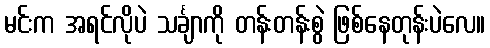
မင်းက အရင်လိုပဲ သင်္ချာကို တန်းတန်းစွဲ ဖြစ်နေတုန်းပဲလေ။